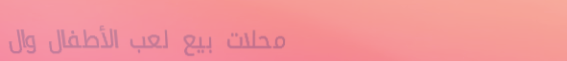
محلات بيع لعب الأطفال وال